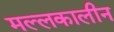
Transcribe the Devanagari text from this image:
मल्लकालीन